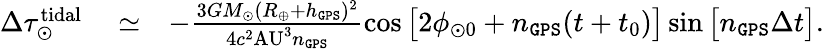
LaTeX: \begin{array}{rlr}{\Delta\tau_{\odot}^{\mathrm{tidal}}}&{{}\simeq}&{-\frac{3GM_{\odot}(R_{\oplus}+h_{\tt GPS})^{2}}{4c^{2}\mathrm{AU}^{3}n_{\tt GPS}}\cos\big[2\phi_{\odot 0}+n_{\tt GPS}(t+t_{0})\big]\sin\big[n_{\tt GPS}\Delta t\big].}\end{array}